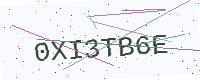
Text: 0XI3TB6E